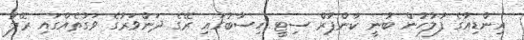
އިންޑިއާގެ ފުލުހުން ބުނީ ކާންޕުރް ސިޓީ ހިސާބުގައި ރޭގެ ދަންވަރުގެ ވަގުތެއްގައި ރޭލު